Report on the Nagpur School of Medicine, Central Provinces
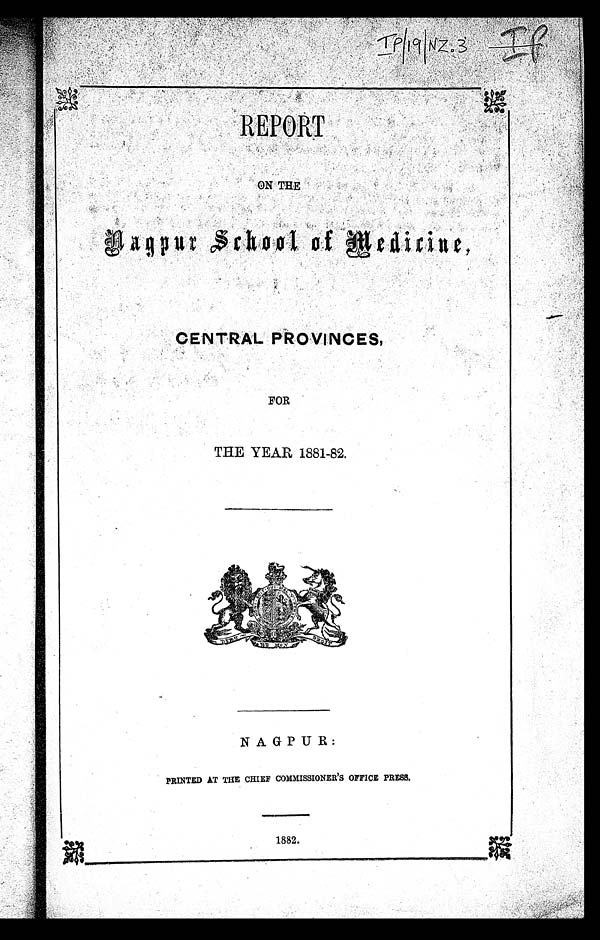
REPORT
ON TH
E
n a g p u r s c h o o l o f me d i c i n e ,
CE NT RAL P ROVI NCE S ,
FOR
THE YEAR 1881-82,
NAGPUR:
PRINTED AT THE CHIEF COMMISSIONER 'S OFFICE PRESS.
1882.